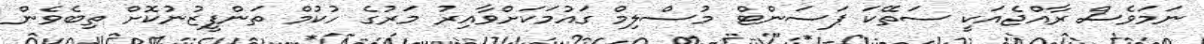
ނަމަވެސް ރާއްޖެއަކީ ސަތޭކަ ޕަސަންޓް މުސްލިމް ގައުމަކަށްވާއިރު މަރުގެ ހުކުމް ތަންފީޒުނުކޮށް ތިބެވެން